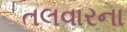
તલવારના